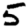
Digit: 5